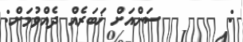
:       ސަންއަށް ޚަބަރެއް ދެއްވުމަށް: